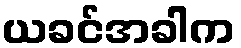
ယခင်အခါက